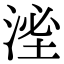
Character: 㳴